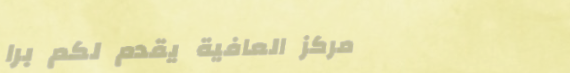
مركز العافية يقدم لكم برا